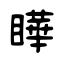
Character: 瞱